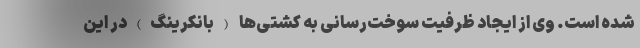
شده است. وی از ایجاد ظرفیت سوخت‌رسانی به کشتی‌ها (بانکرینگ)در این